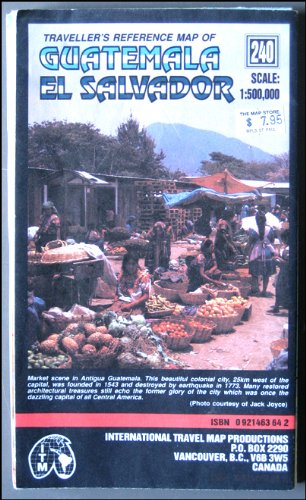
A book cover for Traveller's Reference Map of Guatemala El Salvador; International Travel Map Productions; Travel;